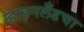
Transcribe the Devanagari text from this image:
ऱ्हाइनलँडचा